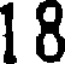
1 8